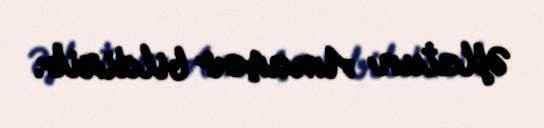
Əflatun Amaşov bildirib.